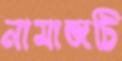
নামাজটি